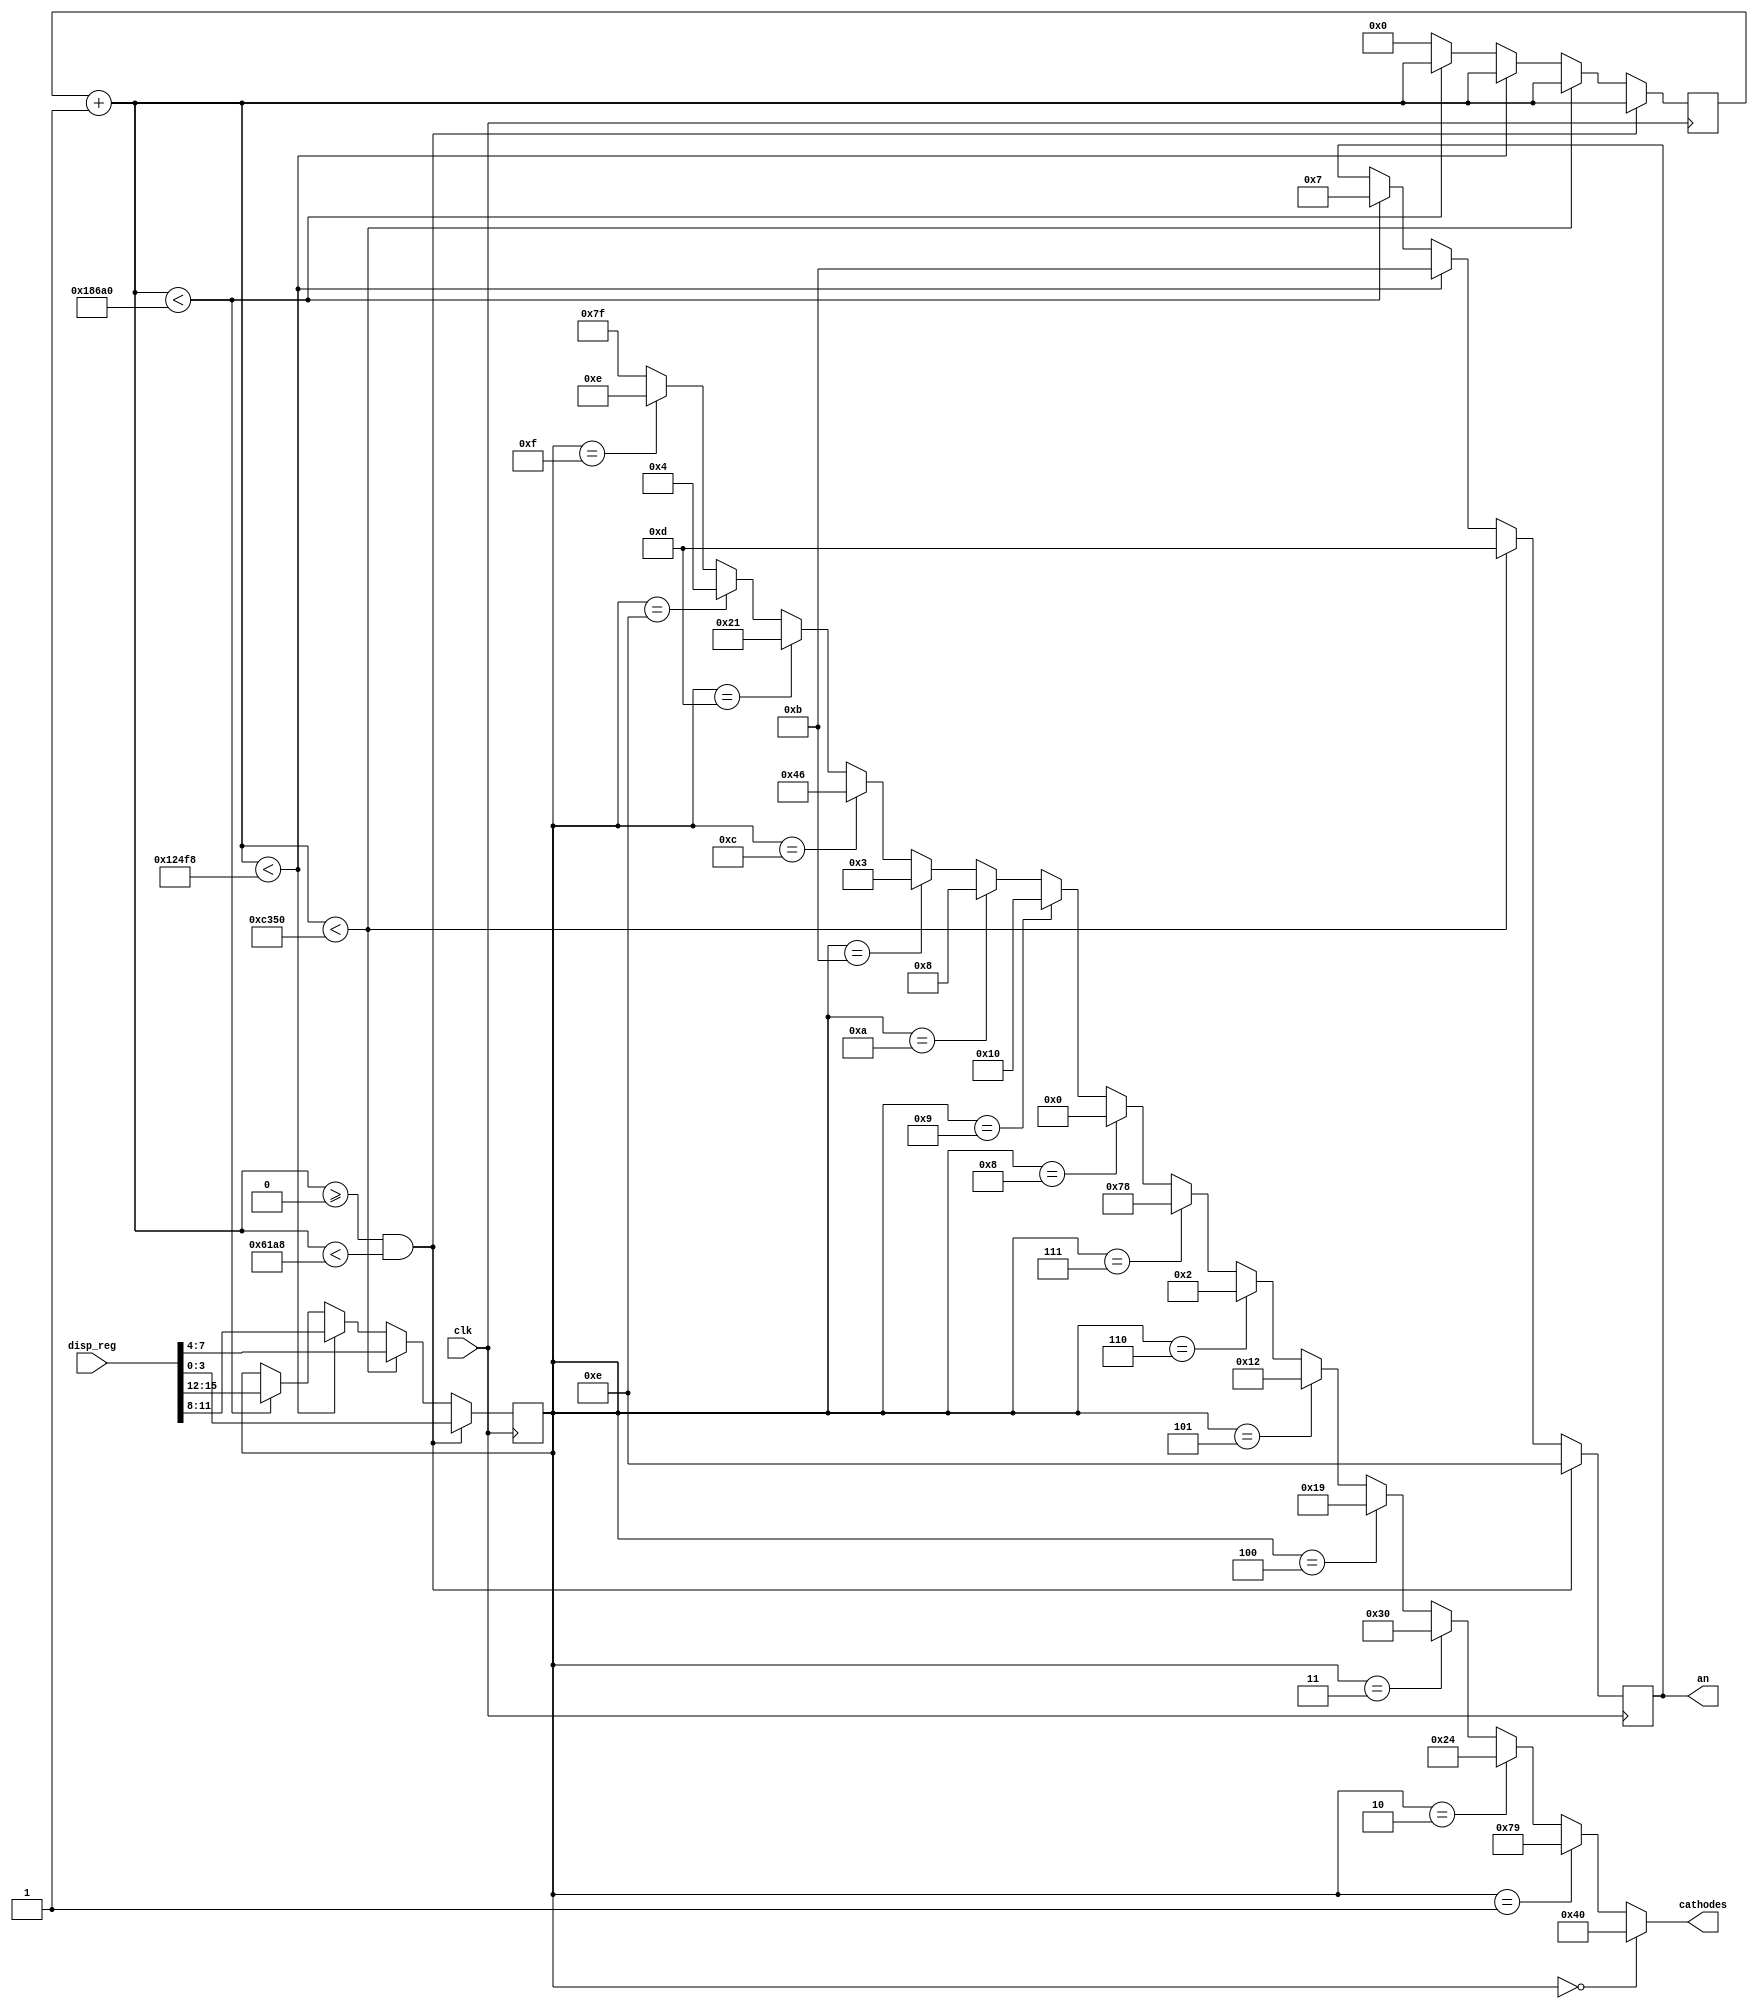
//`timescale 1ns / 1ps
//////////////////////////////////////////////////////////////////////////////////
// Company: 
// Engineer: 
// 
// Design Name: 
// Module Name: BCDdisplay
// Project Name: 
// Target Devices: 
// Tool Versions: 
// Description: 
// 
// Dependencies: 
// 
// Revision:
// Revision 0.01 - File Created
// Additional Comments:
// 
//////////////////////////////////////////////////////////////////////////////////


module BCDdisplay(
input clk,
input [15:0] disp_reg,
output [6:0] cathodes,
output [3:0] an
    );
    reg [16:0] cnt;
    reg [3:0] din;
    reg [3:0] an_t;
    assign an = an_t;
    always @ (posedge clk) begin
        cnt = cnt + 1;
        if(cnt >= 0 && cnt < 25000) 
            begin 
                din = disp_reg[3:0];
                an_t = 4'b1110;
            end
        else if(cnt < 50000) 
            begin 
                din = disp_reg[7:4];
                an_t = 4'b1101;
            end
        else if(cnt < 75000) 
            begin 
                din = disp_reg[11:8];
                an_t = 4'b1011;
            end
        else if(cnt < 100000)
            begin 
                din = disp_reg[15:12];
                an_t = 4'b0111;
            end
        else cnt = 0;
    end
    
    assign cathodes = 
             (din==4'd0)?7'b1000000:
             (din==4'd1)?7'b1111001:
             (din==4'd2)?7'b0100100:
             (din==4'd3)?7'b0110000:
             (din==4'd4)?7'b0011001:
             (din==4'd5)?7'b0010010:
             (din==4'd6)?7'b0000010:
             (din==4'd7)?7'b1111000:
             (din==4'd8)?7'b0000000:
             (din==4'd9)?7'b0010000:
             (din==4'ha)?7'b0001000:
             (din==4'hb)?7'b0000011:
             (din==4'hc)?7'b1000110:
             (din==4'hd)?7'b0100001:
             (din==4'he)?7'b0000100:
             (din==4'hf)?7'b0001110:7'b1111111;
endmodule